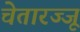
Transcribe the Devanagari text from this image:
चेतारज्जू